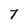
Character: 7